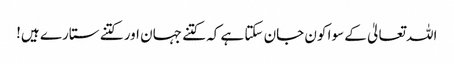
اللہ تعالیٰ کے سوا کون جان سکتا ہے کہ کتنے جہان اور کتنے ستارے ہیں!